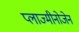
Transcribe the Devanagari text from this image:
प्लाज्मीनोजेन